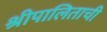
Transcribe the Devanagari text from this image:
श्रीपालिताची